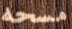
مسحه